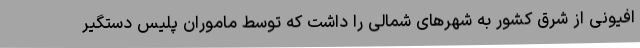
افیونی از شرق کشور به شهرهای شمالی را داشت که توسط ماموران پلیس دستگیر